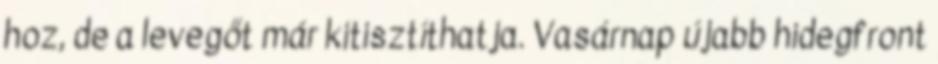
hoz, de a levegőt már kitisztíthatja. Vasárnap újabb hidegfront